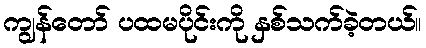
ကျွန်တော် ပထမပိုင်းကို နှစ်သက်ခဲ့တယ်။